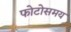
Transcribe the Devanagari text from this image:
फोटोसमय